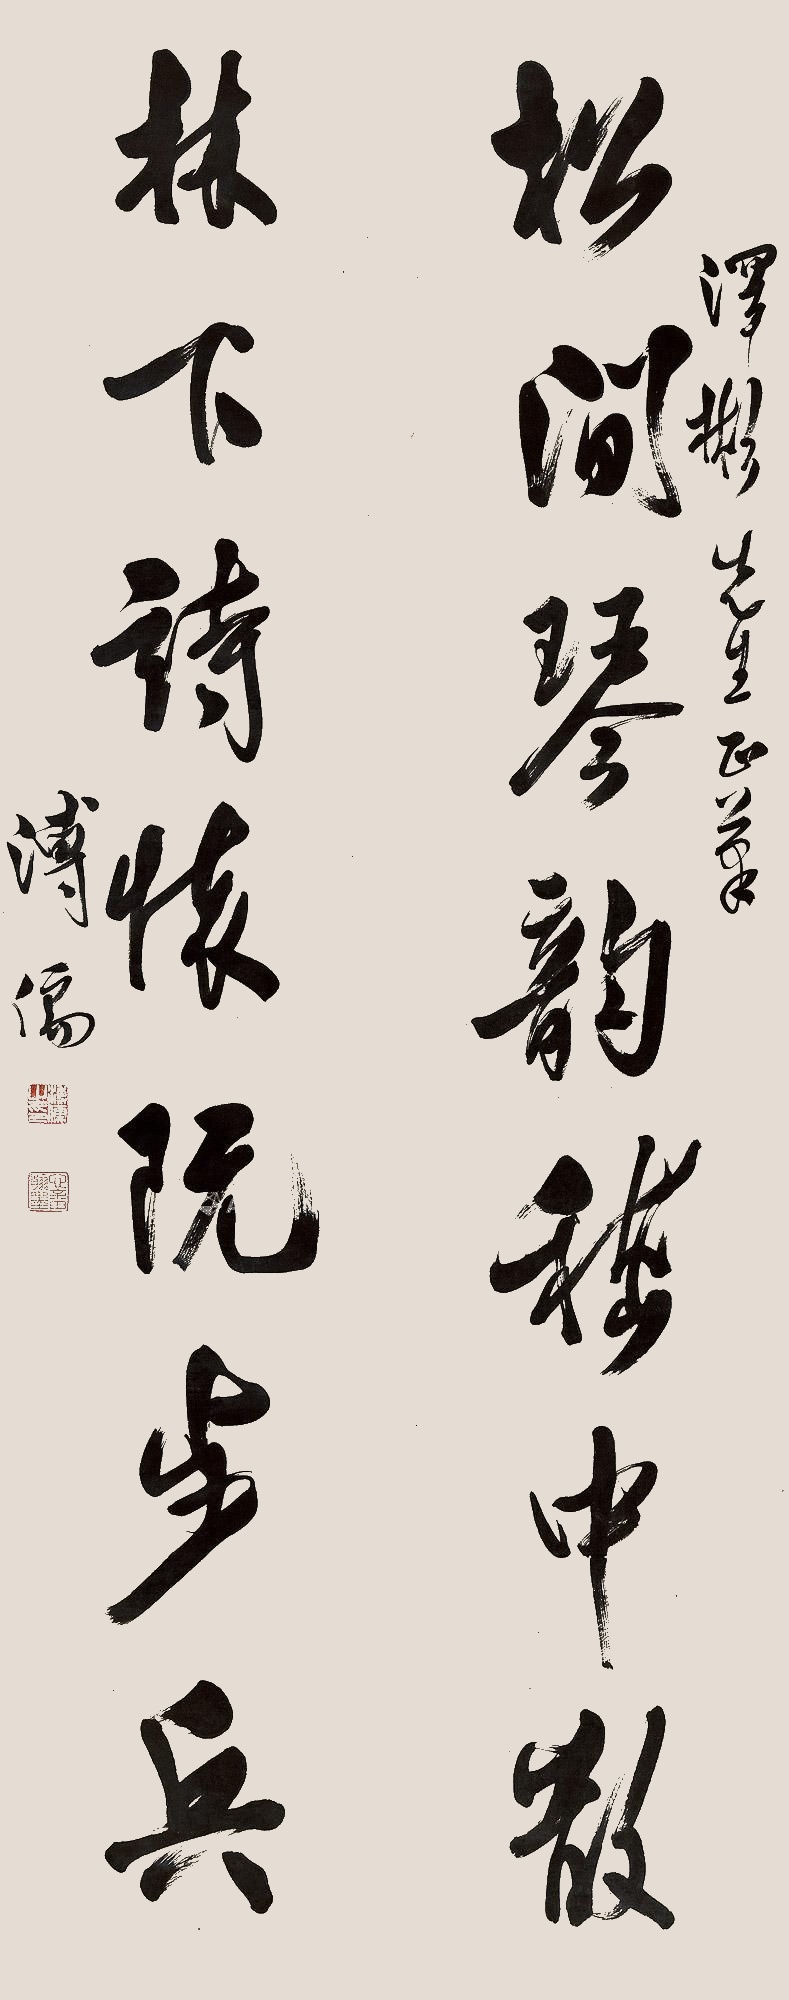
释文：松间琴韵嵇中散，林下诗怀阮步兵。泽彬先生正笔。溥儒。